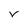
Character: V